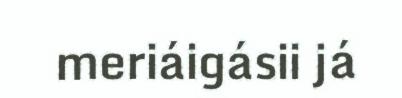
meriáigásii já